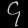
Digit: ၄